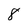
Character: 8